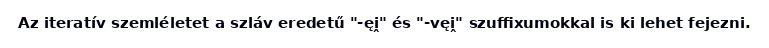
Az iteratív szemléletet a szláv eredetű "-ęi̭" és "-vęi̭" szuffixumokkal is ki lehet fejezni.